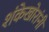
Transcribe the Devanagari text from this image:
शंकेखोरांनी